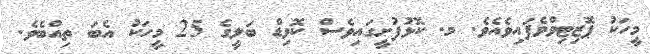
މީހަކު ޕޮޒިޓިވްވެފައިވެއެވެ. މ. ކޮޅުފުށީގައިވެސް ކޮވިޑް ބަލީގެ 25 މީހަކު އެބަ ތިއްބެވެ.